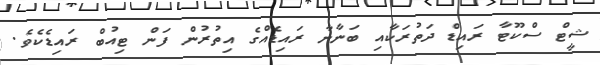
ޝީޓް ސްކޫޓާ ރައިޑް ދަތުރަކާއި ބަނާނާ ރައިޑެއްގެ އިތުރުން ފަން ޓިއުބް ރައިޑެކެވެ.